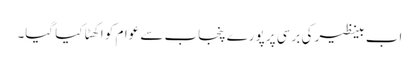
اب بینظیر کی برسی پر پورے پنجاب سے عوام کو اکھٹا کیا گیا۔